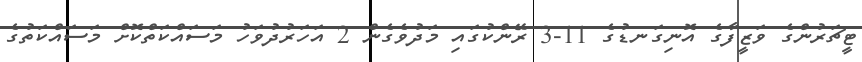
ޓީޗަރުންގެ ވަޒީފާގެ އޮނިގަނޑުގެ 11-3 ރޭންކުގައި މަދުވެގެން 2 އަހަރުދުވަހު މަސައްކަތްކޮށް މަސައްކަތުގެ